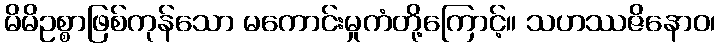
မိမိဥစ္စာဖြစ်ကုန်သော မကောင်းမှုကံတို့ကြောင့်။ သဟဿဇိနောဝ၊